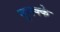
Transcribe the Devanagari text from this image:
मुनक्के